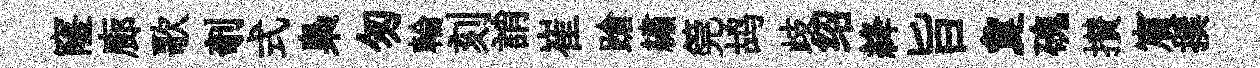
窿廊歌剞式梟匆輪刻誚崔蹌繡筦鸪歧绍絳旨夐磈攅賔撰